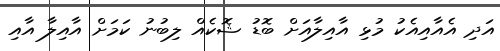
އަދި އެއާއިއެކު މުޅި އާއިލާއަށް ބޮޑު ޝޮކެއް ލިބުނު ކަމަށް އާއިލާ އާއި